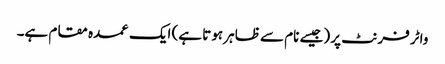
واٹر فرنٹ پر (جیسے نام سے ظاہر ہوتا ہے) ایک عمدہ مقام ہے۔